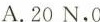
A.20N，0